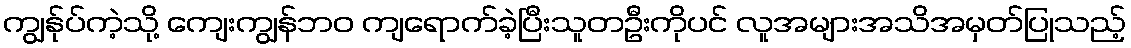
ကျွန်ုပ်ကဲ့သို့ ကျေးကျွန်ဘဝ ကျရောက်ခဲ့ပြီးသူတဦးကိုပင် လူအများအသိအမှတ်ပြုသည့်